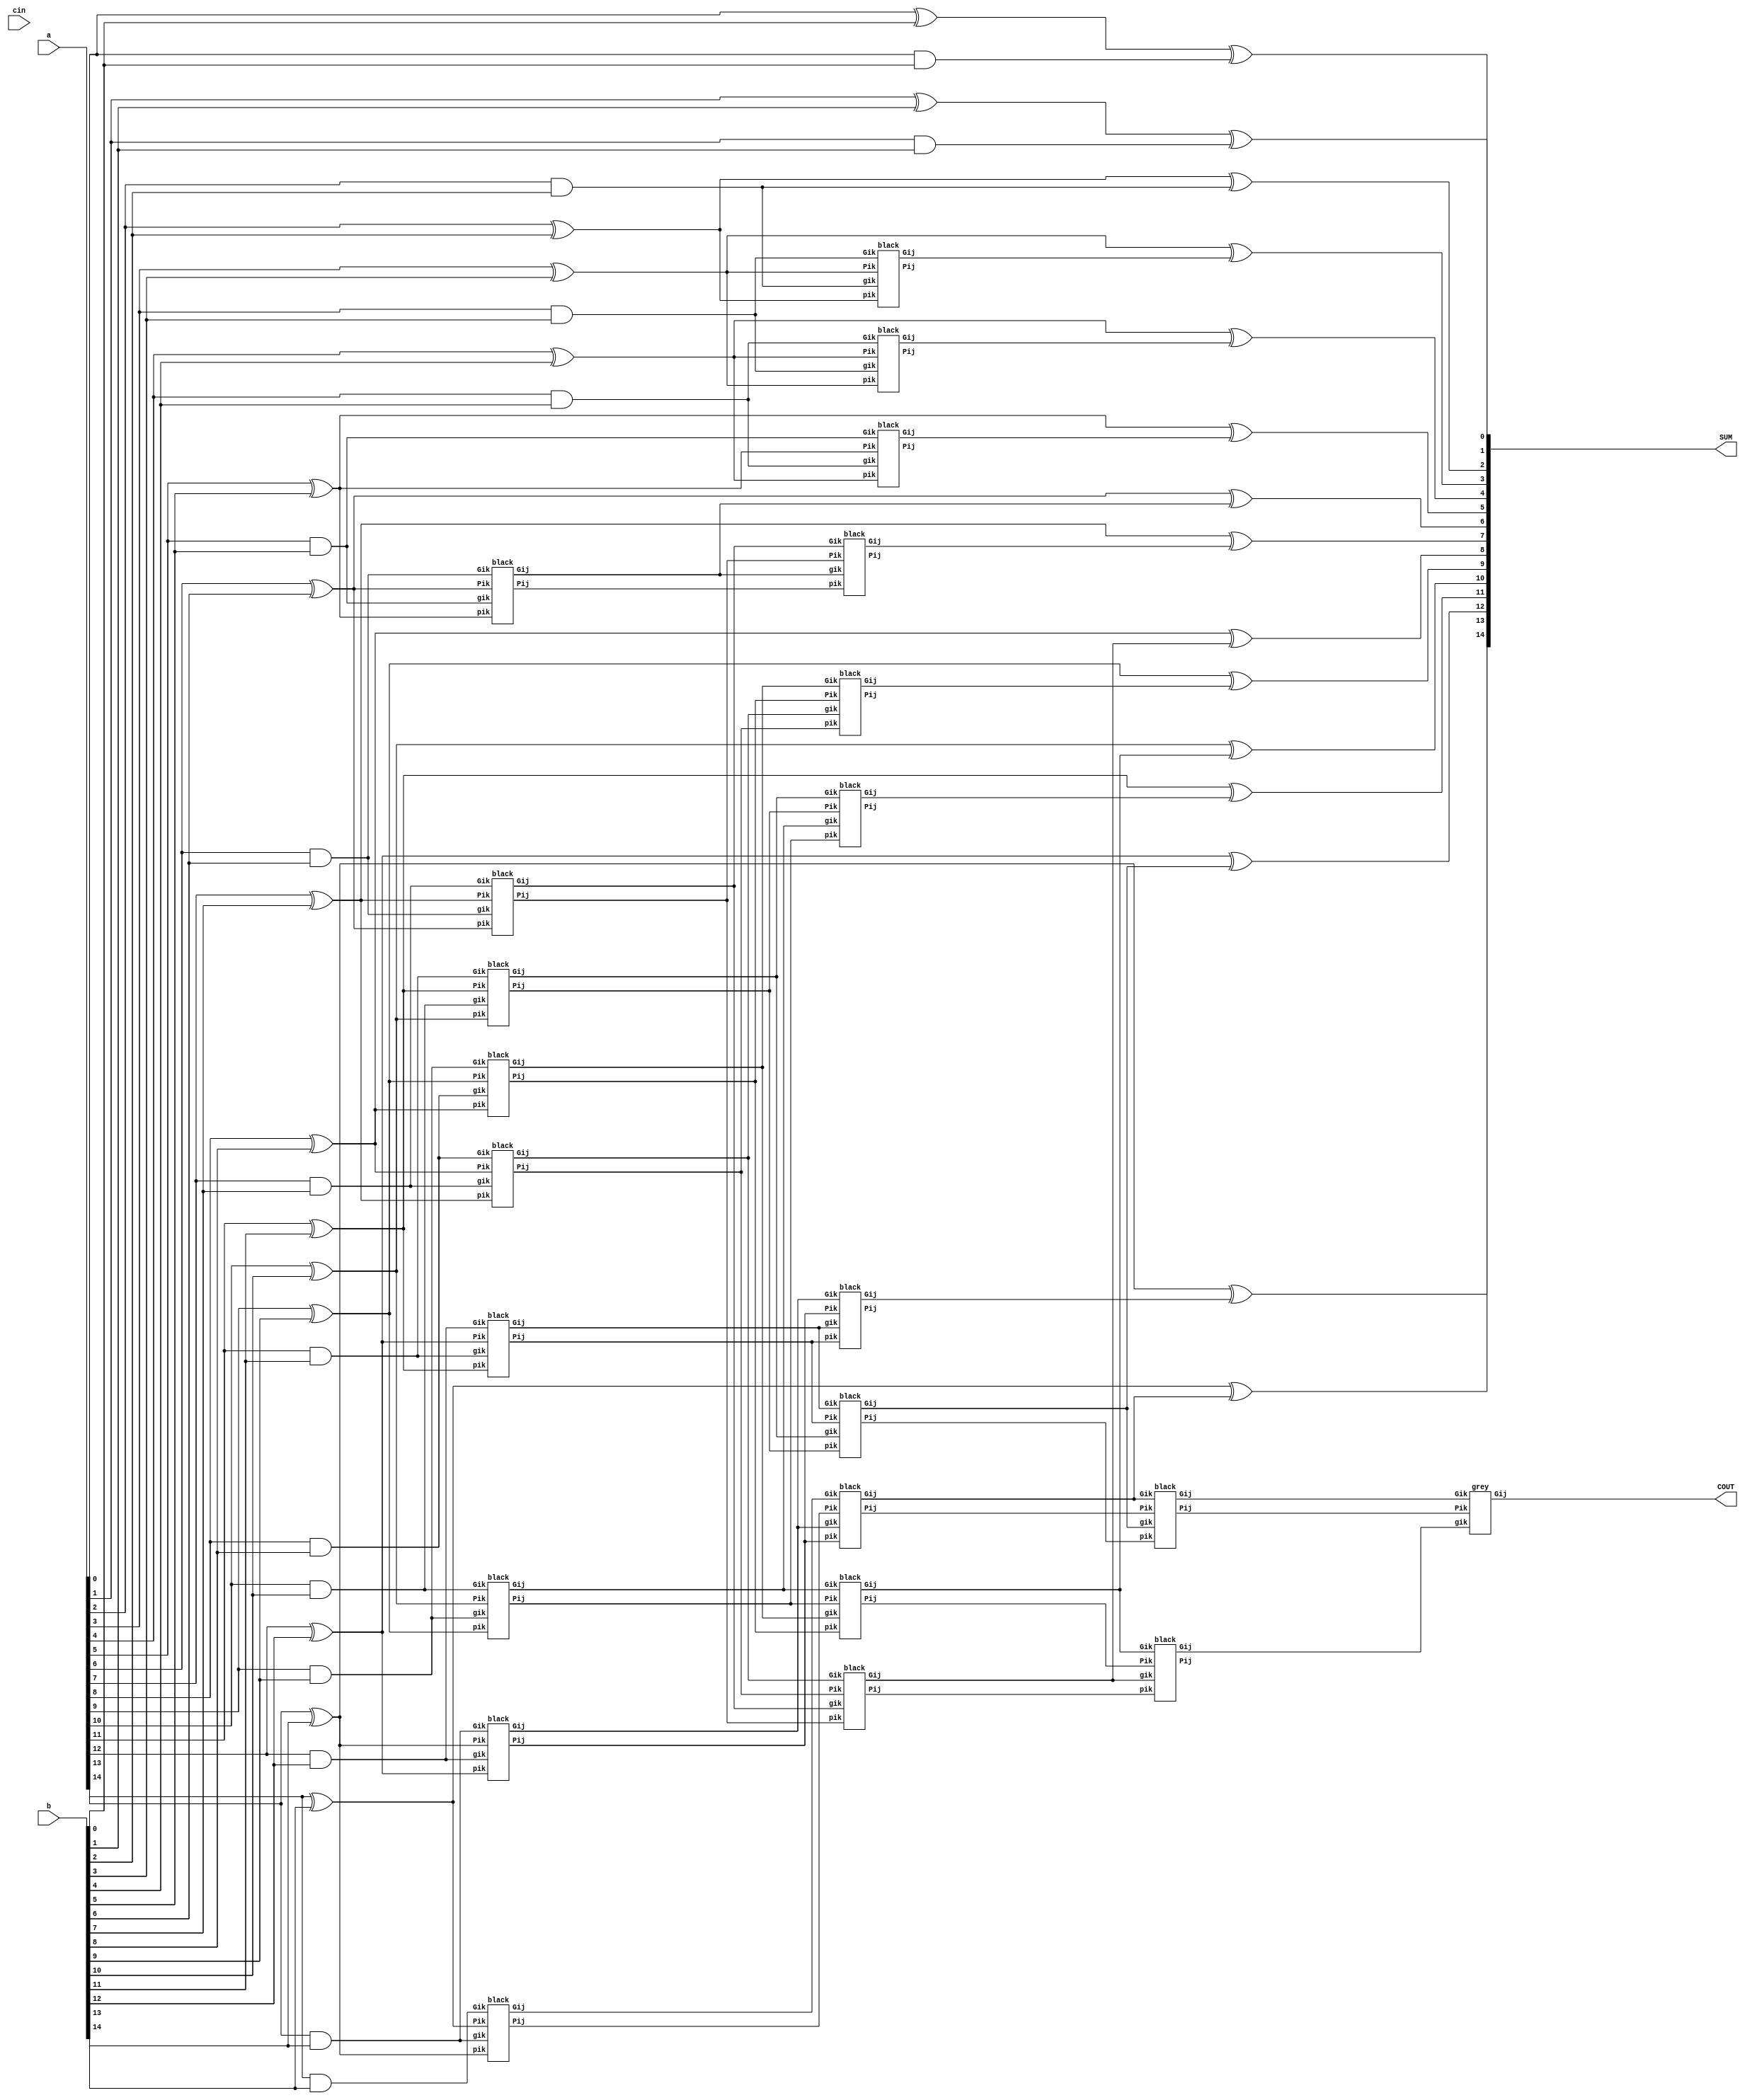
module kogge_stone_adder  (a, b, cin, SUM, COUT);
	parameter bw = 16;
    parameter integer stage = $clog2(bw);

	input  		[bw - 1:1]  a, b;
    input          			cin;
    output  	[bw - 1:1]  SUM;
    output      			COUT;
	
	wire [bw - 1:0] G1 [stage:0];
    wire [bw - 1:0] P1 [stage:0];

    genvar i, j;

    generate
		for(i = 0; i < stage; i = i + 1) begin  : Pre_processing_1
			assign P1[i][0] = 0;
			assign G1[i][0] = cin;
		end
	endgenerate

	generate
		for(i = 1; i < bw; i = i + 1) begin     : Pre_processing_2
			assign P1[0][i] = a[i] ^ b[i];
            assign G1[0][i] = a[i] & b[i];
        end
	endgenerate

	generate
        for(i = 0; i < stage; i = i + 1) begin : loop
            if(i == 0) begin
                for(j = 2**i; j < bw; j = j + 1) begin   : Carry_look_ahead_network_1
                    black B_Cell(G1[0][j], P1[0][j], G1[0][j - 1], P1[0][j - 1], G1[1][j], P1[1][j]);
				end
				grey G_cell(G1[0][1], P1[0][1], G1[0][0], G1[1][1]);
				assign G1[1][0] = G1[0][0];
				assign P1[1][0] = P1[0][0];
				assign SUM[1]   = P1[0][1] ^ G1[0][1];
			end else if(i == stage - 1) begin
				for(j = 2**i; j < 2**(i + 1); j = j + 1) begin : Post_processing_1
                    grey G_cell(G1[i][j], P1[i][j], G1[i][j - 2**(i - 1)], G1[i + 1][j]);
					assign SUM[j] = P1[0][j] ^ G1[i - 1][j];
                end
				for(j = 0; j < 2**i; j = j + 1) begin          : Post_processing_2
					assign G1[i][j] = G1[i - 1][j];
					assign P1[i][j] = P1[i - 1][j];
				end
            end else begin                                  
				for(j = 2**(i + 1); j < bw; j = j + 1) begin   : Carry_look_ahead_network_2
                    black B_Cell(G1[i][j], P1[i][j], G1[i][j - 2**(i - 1)], P1[i][j - 2**(i - 1)], G1[i + 1][j], P1[i + 1][j]);
				end
                for(j = 2**i; j < 2**(i + 1); j = j + 1) begin : Carry_look_ahead_network_3
                    grey G_cell(G1[i][j], P1[i][j], G1[i][j - 2**(i - 1)], G1[i + 1][j]);
					assign SUM[j] = P1[0][j] ^ G1[i - 1][j];
                end
				for(j = 0; j < 2**i; j = j + 1) begin          : Carry_look_ahead_network_4
					assign G1[i][j] = G1[i - 1][j];
					assign P1[i][j] = P1[i - 1][j];
				end
			end
		end
	endgenerate

	assign COUT = G1[4][15];

endmodule

module grey(Gik, Pik, gik, Gij);
	
	input  wire Gik;
  	input  wire Pik;
  	input  wire gik;
  	output wire Gij;
	
	assign Gij = Gik | (Pik & gik);

endmodule

module black(Gik, Pik, gik, pik, Gij, Pij);
	
	input  wire Gik;
  	input  wire Pik;
  	input  wire gik;
	input  wire pik;
  	output wire Gij;
	output wire Pij;

	assign Gij = Gik | (Pik & gik);
	assign Pij = Pik & pik;

endmodule